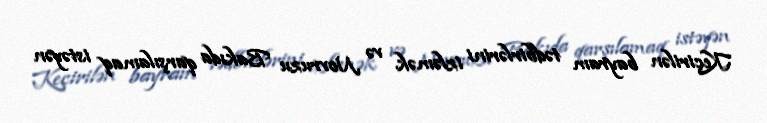
Keçirilən bayram tədbirlərini izləmək və Novruzu Bakıda qarşılamaq istəyən